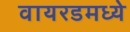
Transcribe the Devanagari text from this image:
वायरडमध्ये